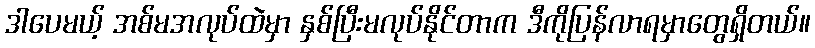
ဒါပေမယ့် အစ်မအလုပ်ထဲမှာ နှစ်ပြီးမလုပ်နိုင်တာက ဒီကိုပြန်လာရမှာတွေရှိတယ်။